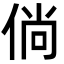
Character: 倘